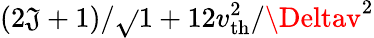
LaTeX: (2\mathfrak{J}+1)/\sqrt{}{{1+12v_{\mathrm{{th}}}^{2}/\Deltav^{2}}}